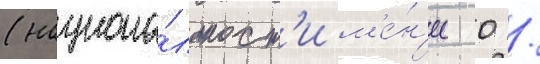
(национа́льност'и м'е́н'ее 0 /